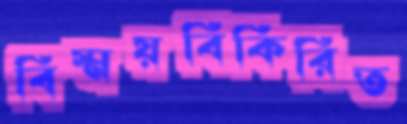
বিস্ময়বিকিরিত